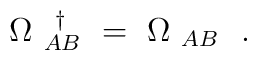
\Omega^{~~\dagger}_{~AB} ~=~ \Omega_{~AB}~~.